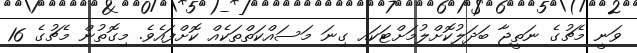
ވަނީ މެޗުގެ ނަތީޖާ ބަދަލުކޮށްލުމަށްޓަކައި ގިނަ މަސައްކަތްތަކެއް ކޮށްފައެވެ. މިގޮތުން މެޗުގެ 16